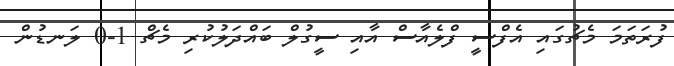
ފުރަތަމަ މެޗުގައި އެފްސީ ފްލެއާސް އާއި ސީގުލް ބައްދަލުކުރި މެޗް 1-0 ލަނޑުން